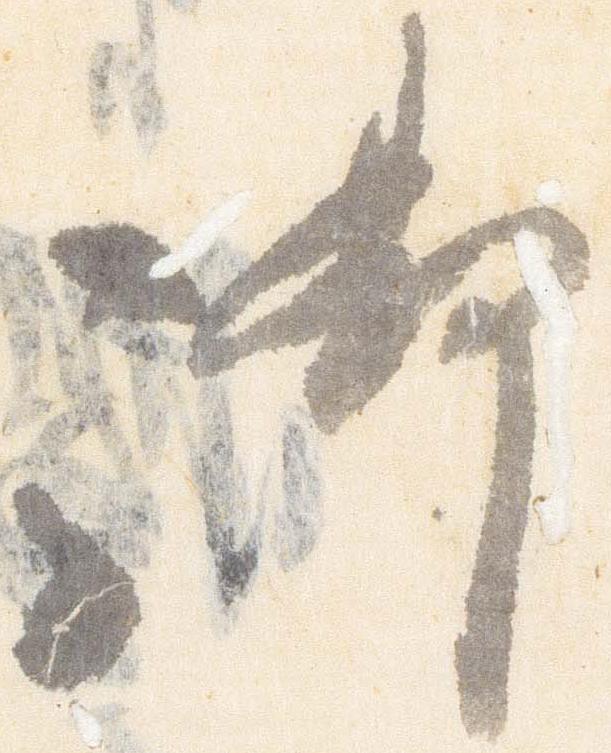
御